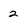
Character: 2